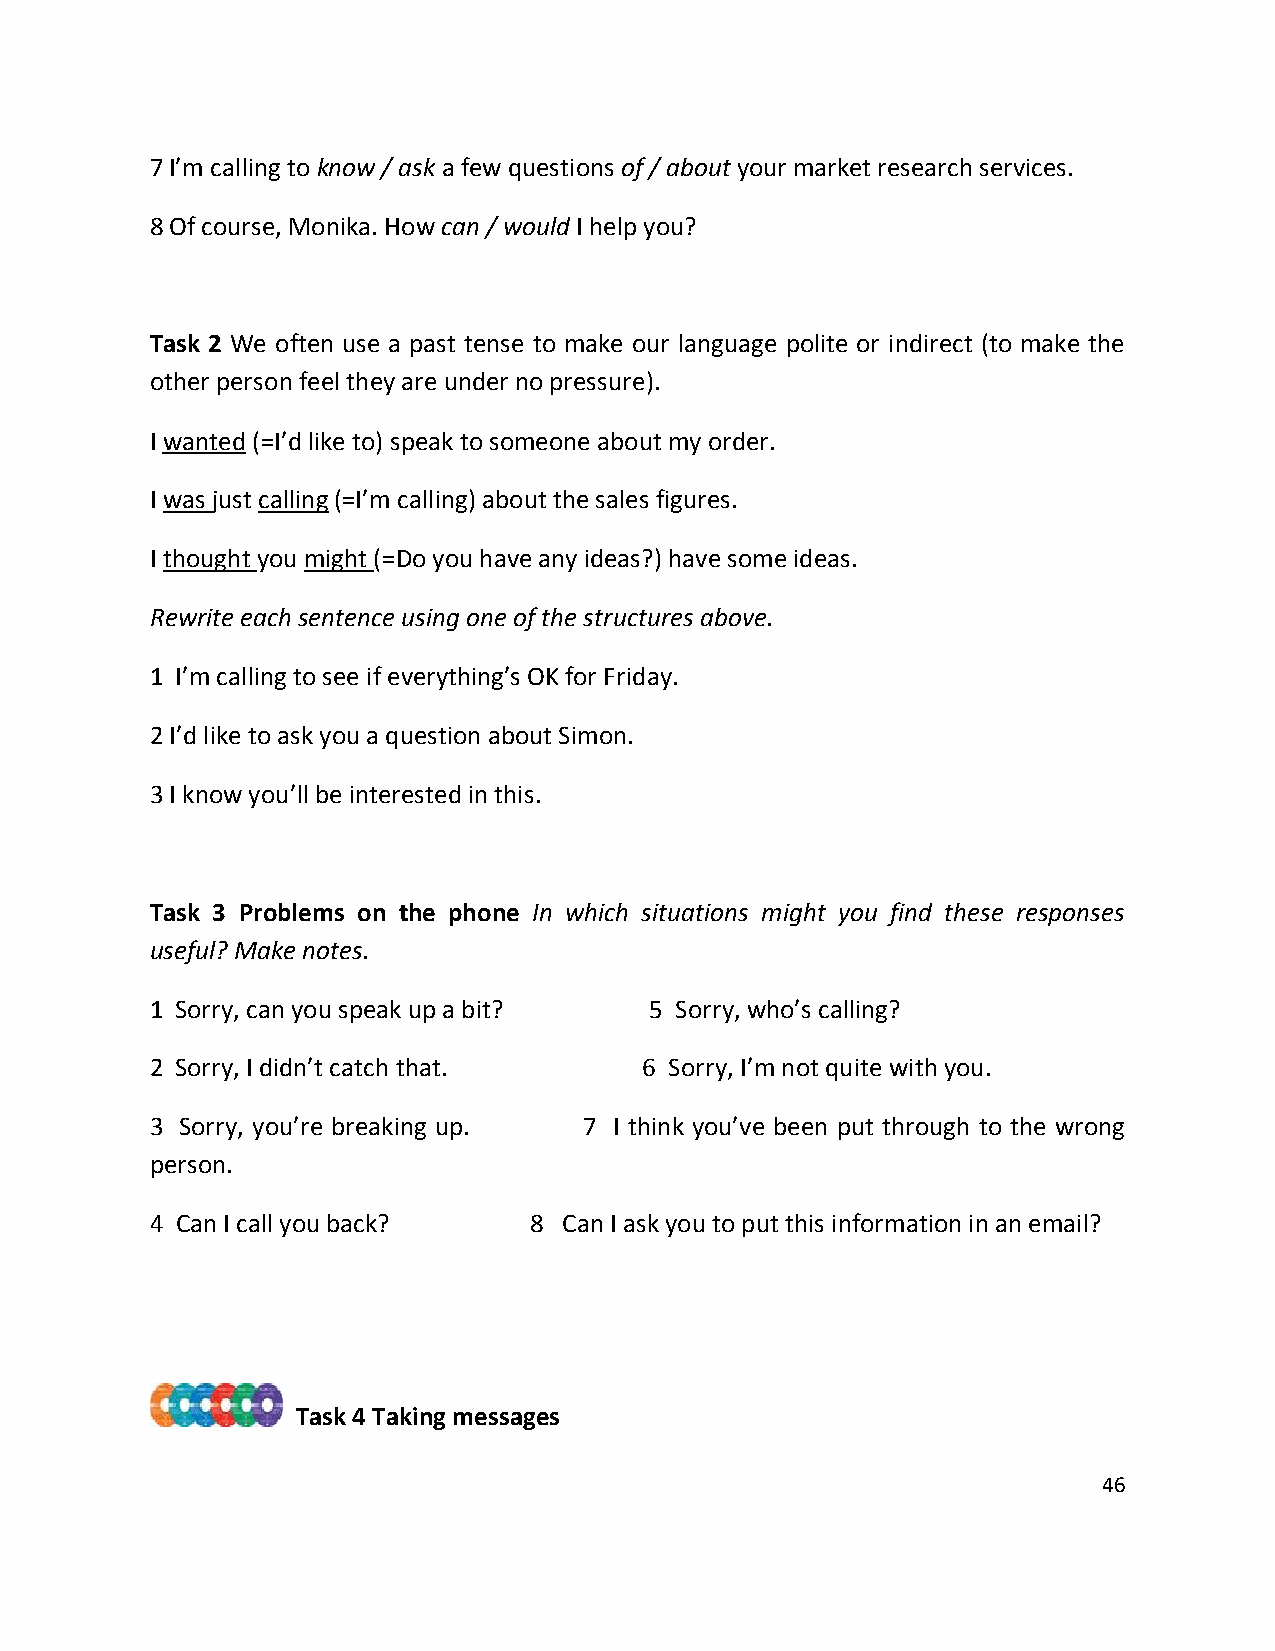
7 I’m calling to know / ask a few questions of / about your market research services.
 8 Of course, Monika. How can / would I help you?
 Task 2 We often use a past tense to make our language polite or indirect (to make the
 other person feel they are under no pressure).
 I wanted (=I’d like to) speak to someone about my order.
 I was just calling (=I’m calling) about the sales figures.
 I thought you might (=Do you have any ideas?) have some ideas.
 Rewrite each sentence using one of the structures above.
 1 I’m calling to see if everything’s OK for Friday.
 2 I’d like to ask you a question about Simon.
 3 I know you’ll be interested in this.
 Task 3 Problems on the phone In which situations might you find these responses
 useful? Make notes.
 1 Sorry, can you speak up a bit? 5 Sorry, who’s calling?
 2 Sorry, I didn’t catch that.    6 Sorry, I’m not quite with you.
 3 Sorry, you’re breaking up. 7 I think you’ve been put through to the wrong
 person.
 4 Can I call you back?   8 Can I ask you to put this information in an email?
 Task 4 Taking messages
 46